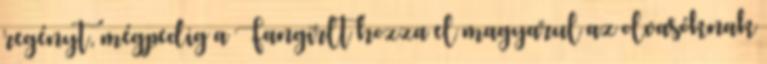
regényt, mégpedig a Fangirlt hozza el magyarul az olvasóknak